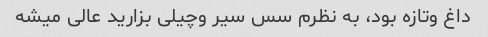
داغ و‌تازه بود، به نظرم سس سیر و‌چیلی بزارید عالی میشه